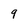
Character: 9